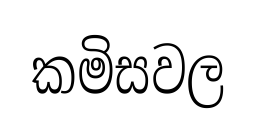
කමිසවල